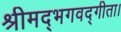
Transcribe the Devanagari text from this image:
श्रीमद्भगवद्गीता।